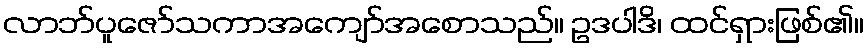
လာဘ်ပူဇော်သကာအကျော်အစောသည်။ ဥဒပါဒိ၊ ထင်ရှားဖြစ်၏။